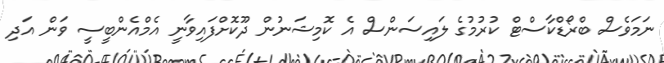
ނަމަވެސް ބްރޯޑްކާސްޓް ކުރުމުގެ ލައިސަންސް އެ ކޮމިޝަނުން ދޫކޮށްފައިވާނީ އެމްއެންބީސީ ވަން އަދި